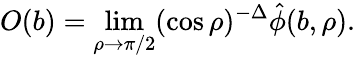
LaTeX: O(b)=\operatorname*{lim}_{\rho\to\pi/2}(\cos{\rho})^{-\Delta}\hat{\phi}(b,\rho).